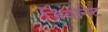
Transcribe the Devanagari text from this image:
जियोनेट